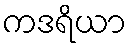
ကဒရိယာ